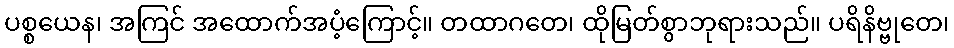
ပစ္စယေန၊ အကြင် အထောက်အပံ့ကြောင့်။ တထာဂတေ၊ ထိုမြတ်စွာဘုရားသည်။ ပရိနိဗ္ဗုတေ၊